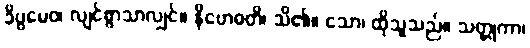
ခိပ္ပမေဝ၊ လျင်စွာသာလျှင်။ နိဗောဓတိ၊ သိ၏။ သော၊ ထိုသူသည်။ သတ္တုကာ၊